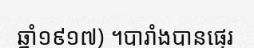
ឆ្នាំ១៩១៧) ។បារាំងបានផ្ទេរ